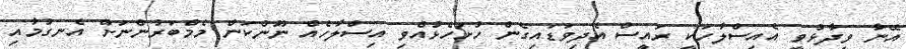
އޭނާ ވިދާޅުވީ އެއިސްލާހަކީ ރައީސް އެދިވަޑައިގެން ހުށަހެޅުއްވި އިސްލާހެއް ނޫންކަން މެމްބަރުންނަށް އެނގުމާއި